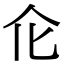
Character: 𠆪